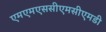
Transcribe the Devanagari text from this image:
एमएमएससीएमसीएमडी